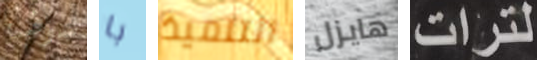
سوف با التلميذ هايزل لترات